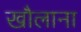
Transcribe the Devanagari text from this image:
खौलाना